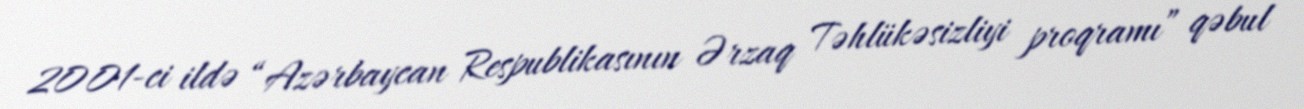
2001-ci ildə “Azərbaycan Respublikasının Ərzaq Təhlükəsizliyi proqramı” qəbul